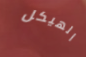
الهيكل